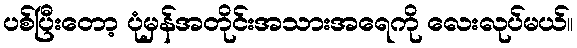
ပစ်ပြီးတော့ ပုံမှန်အတိုင်းအသားအရေကို လေးလုပ်မယ်။